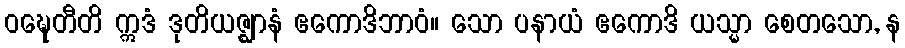
ဝဍ္ဎေတီတိ ဣဒံ ဒုတိယဇ္ဈာနံ ဧကောဒိဘာဝံ။ သော ပနာယံ ဧကောဒိ ယသ္မာ စေတသော, န